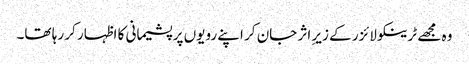
وہ مجھے ٹرینکو لائزر کے زیرِ اثر جان کر اپنے رویوں پر پشیمانی کا اظہار کر رہا تھا۔